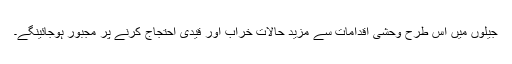
جیلوں میں اس طرح وحشی اقدامات سے مزید حالات خراب اور قیدی احتجاج کرنے پر مجبور ہوجائینگے۔